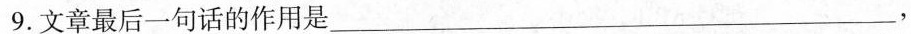
9.文章最后一句话的作用是 ___，